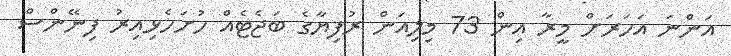
އަންނަ އަހަރަށް މީރާ އިން 73 މިލިއަން ރުފިޔާގެ ބަޖެޓެއް ހުށަހެޅިއިރު ފިނޭންސް